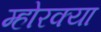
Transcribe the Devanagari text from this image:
म्होरक्‍या